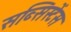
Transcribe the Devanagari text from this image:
सब्सिस्टेंस